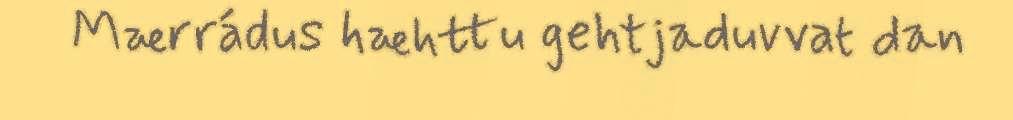
Mærrádus hæhttu gehtjaduvvat dan